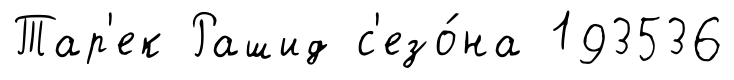
Тар'ек Рашид с'езо́на 193536